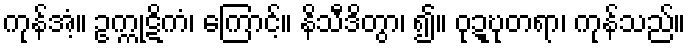
ကုန်အံ့။ ဥက္ကုဋိကံ၊ ကြောင့်။ နိသီဒိတွာ၊ ၍။ ဝုဍ္ဎုတရာ၊ ကုန်သည်။